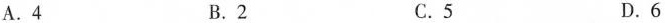
A.4 B.2 C.5 D.6